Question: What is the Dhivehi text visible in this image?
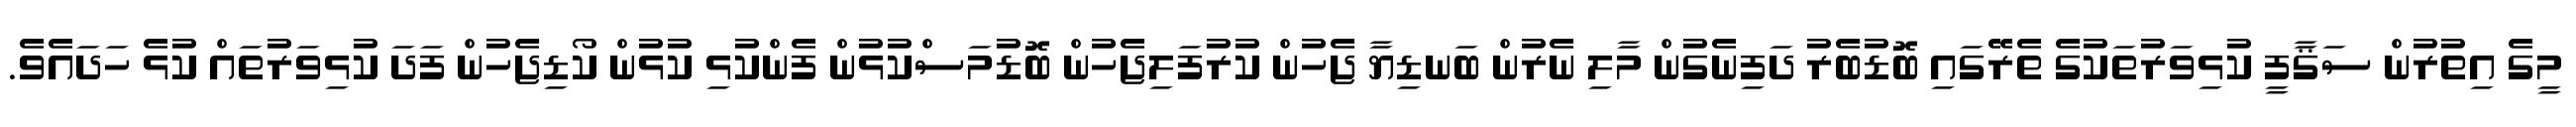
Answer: މީގެ އިތުރުން ސަޤާފީ ކުޅިވަރުތަކުގެ ތެރޭގައި ބޮޑުބެރު ދަފިނެގުން މާލި ނެރުން ބަނޑިޔާ ޖެހުން ކުރުފަލިޖެހުން ބޮޑުމަސްކުޅުން ފެންކުޅި ކުޅުން ކޯޑިޖެހުން ފަދަ ކުޅިވަރުތައް ކުޅެ ހަދައެވެ.